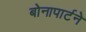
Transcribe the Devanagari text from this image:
बोनापार्टने